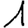
Digit: 1